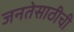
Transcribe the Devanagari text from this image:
जनतेसाठीची